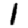
Digit: 1